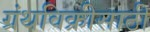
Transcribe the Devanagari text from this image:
ग्रंथविक्रीसाठी